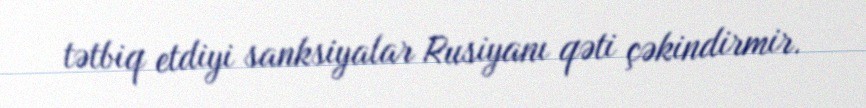
tətbiq etdiyi sanksiyalar Rusiyanı qəti çəkindirmir.